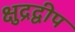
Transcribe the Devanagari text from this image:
क्षुद्रद्वीप